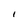
Character: I